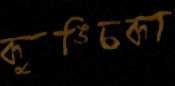
কুঙ্চিকা